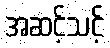
အဆင့်သင့်